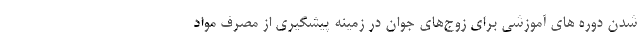
شدن دوره های آموزشی برای زوج‌های جوان در زمینه پیشگیری از مصرف مواد